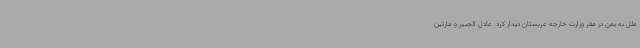
ملل به یمن در مقر وزارت خارجه عربستان دیدار کرد. عادل الجبیر و مارتین